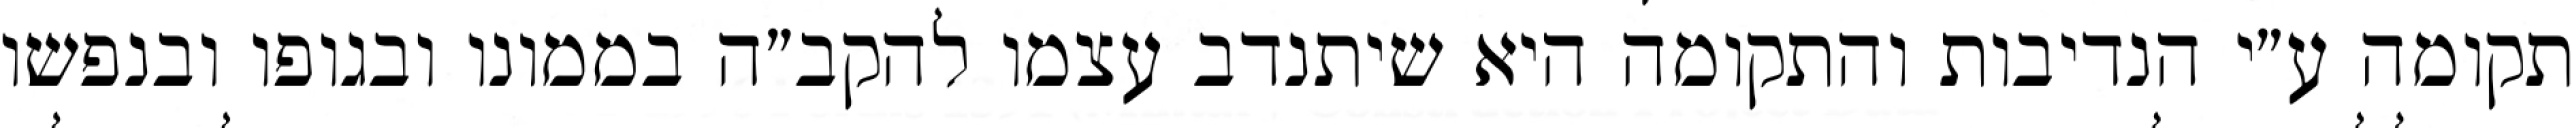
תקומה ע״י הנדיבות והתקומה היא שיתנדב עצמו להקב״ה בממונו ובגופו ובנפשו